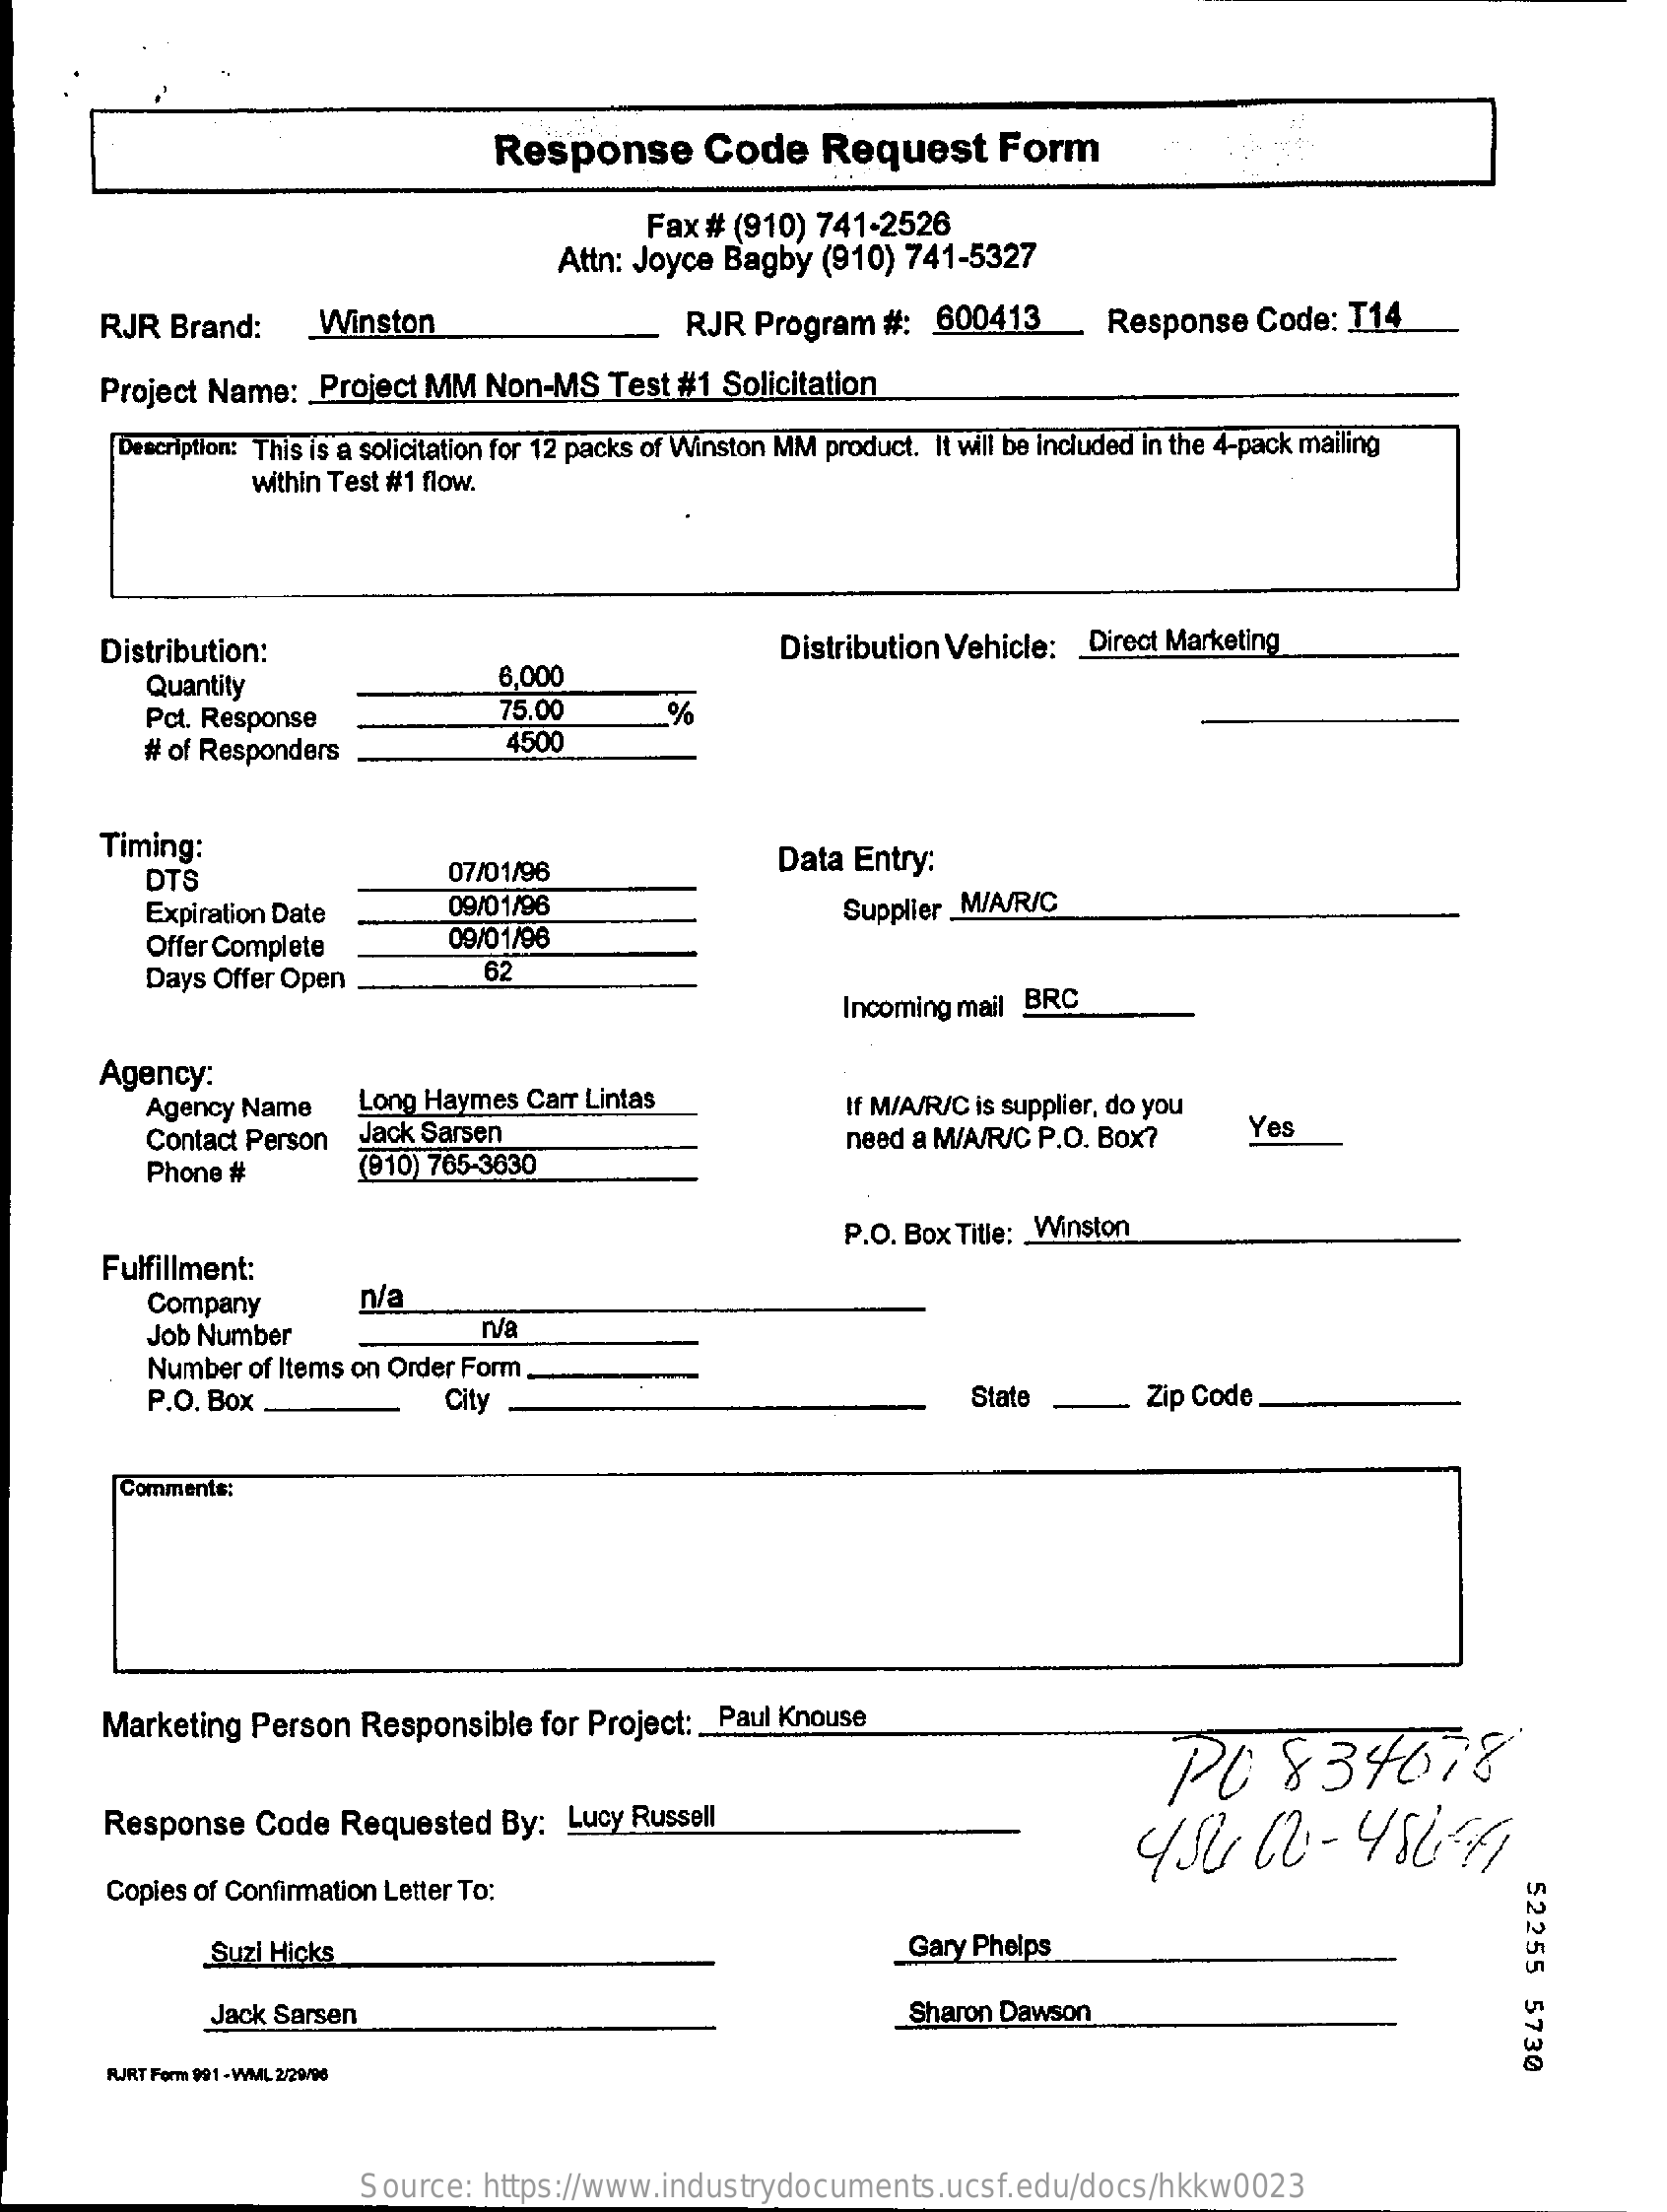
Response    Code    Request    Form
     Fax # (910)  741-2526
     Attn: Joyce Bagby  (910) 741-5327
     RJR  Brand:    Winston    RJR  Program   #:  600413_    Response   Code:  114
     Project Name:   Project MM  Non-MS   Test #1  Solicitation
     Description: This is a solicitation for 12 packs of Winston MM product. It will be included in the 4-pack mailing
     Within Test #1 flow.
     Distribution:    Distribution Vehicle: _ Direct Marketing
     Quantity    6,000
     Pct. Response    75.00    %
     # of Responders    4500
     Timing:
     DTS    07/01/96    Data Entry:
     Expiration Date    09/01/96    Supplier MIA/R/C
     Offer Complete    09/01/96
     Days Offer Open    62
     Incoming mail BRC
     Agency:
     Agency Name    Long Haymes Carr Lintas    If M/A/R/C is supplier, do you
     Contact Person  Jack Sarsen    Yes
     Phone #    (910) 765-3630
     need a M/A/R/C P.O. Box?
     Fulfillment:
     P.O. Box Title: Winston
     Company    n/a
     Job Number    n/a
     Number  of Items on Order Form
     P.O. Box    City    State    Zip Code
     Comments:
     Marketing  Person  Responsible  for Project: _ Paul Knouse
     PO    834678
     Response   Code  Requested   By:  Lucy Russell
     Copies of Confirmation Letter To:
     52255
     5730
     Suzi Hicks    Gary Phelps
     Jack Sarsen    Sharon Dawson
     FURT Form 991 - WMIL 2/29/98
     Source:   https://www.industrydocuments.ucsf.edu/docs/hkkw0023